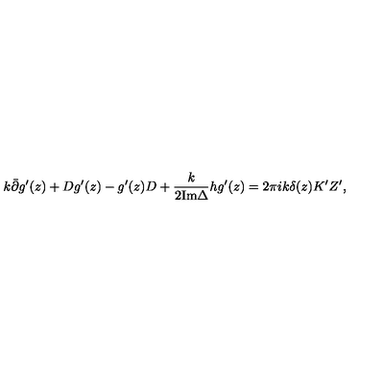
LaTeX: k \bar { \partial } g ^ { \prime } ( z ) + D g ^ { \prime } ( z ) - g ^ { \prime } ( z ) D + \frac { k } { 2 { \mathrm { I m } } \Delta } h g ^ { \prime } ( z ) = 2 \pi i k \delta ( z ) K ^ { \prime } Z ^ { \prime } , \nonumber